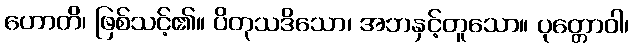
ဟောတိ၊ ဖြစ်သင့်၏။ ပိတုသဒိသော၊ အဘနှင့်တူသော။ ပုတ္တောဝါ၊